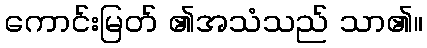
ကောင်းမြတ် ၏အသံသည် သာ၏။